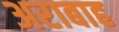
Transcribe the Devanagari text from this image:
अराबाह